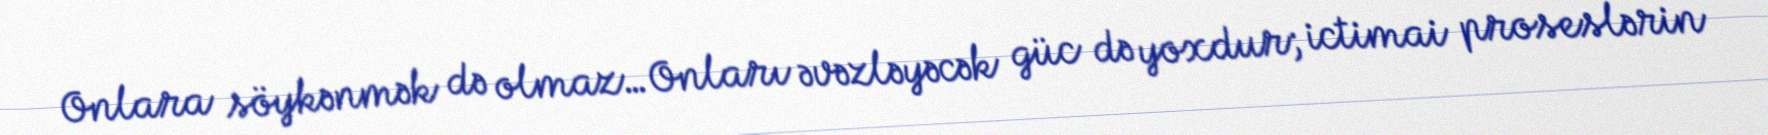
Onlara söykənmək də olmaz…Onları əvəzləyəcək güc də yoxdur; ictimai proseslərin